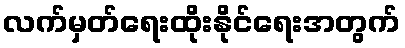
လက်မှတ်ရေးထိုးနိုင်ရေးအတွက်